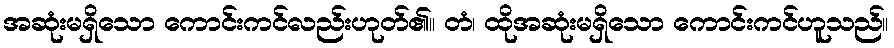
အဆုံးမရှိသော ကောင်းကင်လည်းဟုတ်၏။ တံ၊ ထိုအဆုံးမရှိသော ကောင်းကင်ဟူသည်။